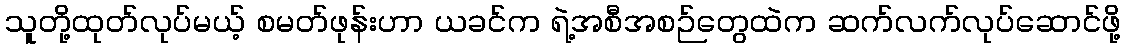
သူတို့ထုတ်လုပ်မယ့် စမတ်ဖုန်းဟာ ယခင်က ရဲ့အစီအစဉ်တွေထဲက ဆက်လက်လုပ်ဆောင်ဖို့